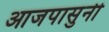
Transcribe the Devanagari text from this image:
आजपासुनी